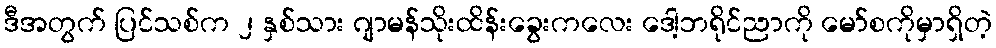
ဒီအတွက် ပြင်သစ်က ၂ နှစ်သား ဂျာမန်သိုးထိန်းခွေးကလေး ဒေါ့ဘရိုင်ညာကို မော်စကိုမှာရှိတဲ့